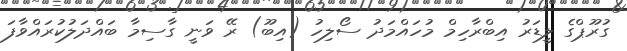
ގުރޫޕްގެ ލީޑަރު އިބްރާހިމް މުހައްމަދު ސޯލިހު (އިބޫ) ރޭ ވަނީ ގާސިމާ ބައްދަލުކުރައްވާފަ